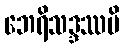
ဘေရိသဒ္ဒဿပိ